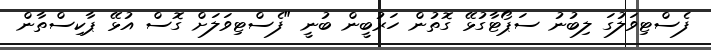
ފެސްޓިވަލުގަ ލިބުނު ސަޕޯޓާގުޅޭ ގޮތުން ހަރުބީން ބުނީ "ފެސްޓިވަލަށް ގޮސް އުޅޭ ޕާކިސްތާން